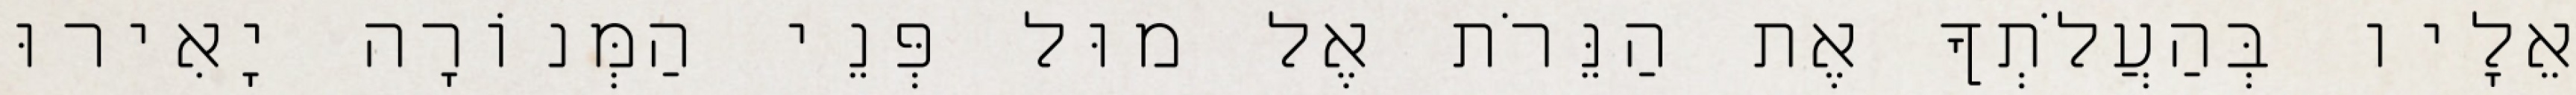
אֵלָיו בְּהַעֲלֹתְךָ אֶת הַנֵּרֹת אֶל מוּל פְּנֵי הַמְּנוֹרָה יָאִירוּ